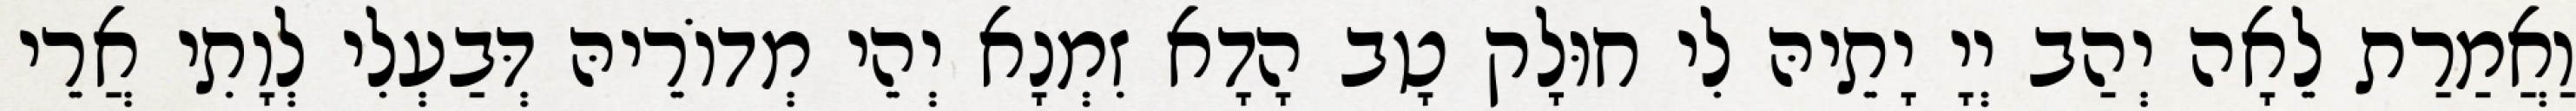
וַאֲמַרַת לֵאָה יְהַב יְיָ יָתֵיהּ לִי חוּלָק טָב הָדָא זִמְנָא יְהֵי מְדוֹרֵיהּ דְּבַעְלִי לְוָתִי אֲרֵי